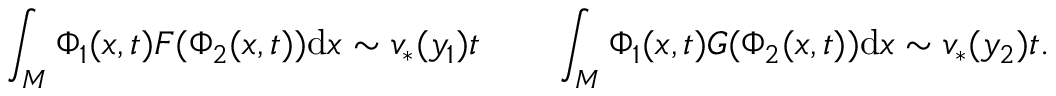
\int _ { M } \Phi _ { 1 } ( x , t ) F ( \Phi _ { 2 } ( x , t ) ) \mathrm { d } x \sim v _ { * } ( y _ { 1 } ) t \qquad \int _ { M } \Phi _ { 1 } ( x , t ) G ( \Phi _ { 2 } ( x , t ) ) \mathrm { d } x \sim v _ { * } ( y _ { 2 } ) t .